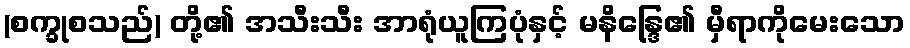
(စက္ခုစသည်) တို့၏ အသီးသီး အာရုံယူကြပုံနှင့် မနိန္ဒြေ၏ မှီရာကိုမေးသော